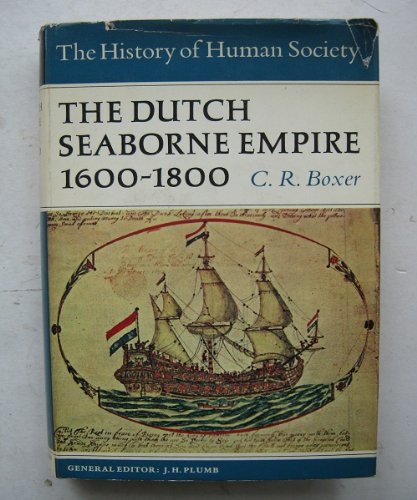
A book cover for The Dutch Seaborne Empire: 1600-1800 (History of Human Society); Charles R. Boxer; History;